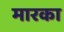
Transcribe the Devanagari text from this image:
मारका